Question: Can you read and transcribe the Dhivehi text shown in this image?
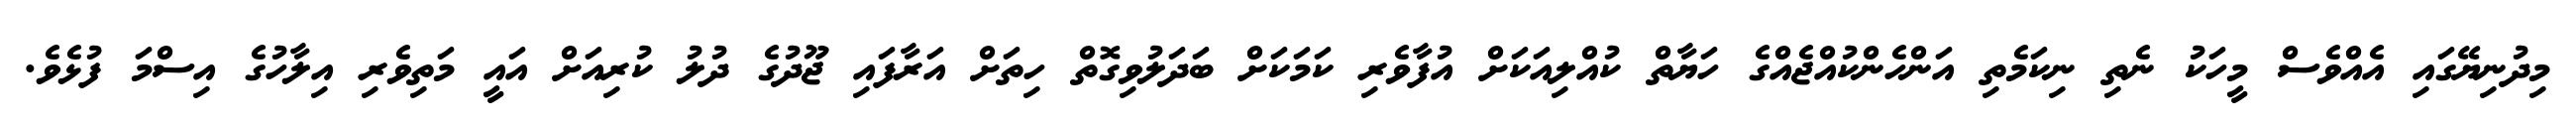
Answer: މިދުނިޔޭގައި އެއްވެސް މީހަކު ނެތި ނިކަމެތި އަންހެންކުއްޖެއްގެ ހަޔާތް ކުއްލިއަކަށް އުފާވެރި ކަމަކަށް ބަދަލުވިގޮތް ހިތަށް އަރާފައި ޖޫދުގެ ދުލު ކުރިއަށް އައީ މަތިވެރި އިލާހުގެ އިސްމަ ފުޅެވެ.